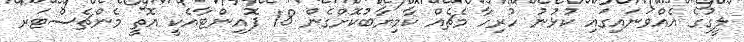
ލީގުގެ އެއްވަނައިގައި ކުޅުނު ހުރިހާ މެޗެއް ކާމިޔާބުކޮށްގެން 18 ޕޮއިންޓާއެކީ އޮތީ މެންޗެސްޓަރ